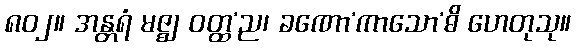
၈၀၂။ အန္တရံ မဇ္ဈ ဝတ္ထ’ည၊ ခဏော’ကာသော’ဓိ ဟေတုသု။